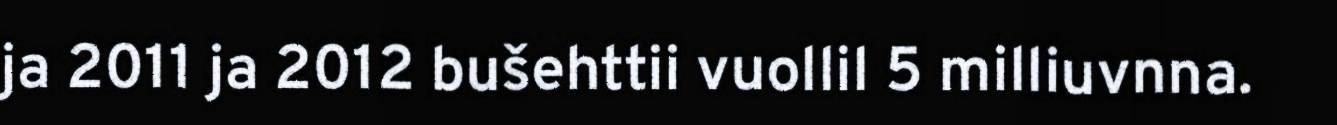
ja 2011 ja 2012 bušehttii vuollil 5 milliuvnna.